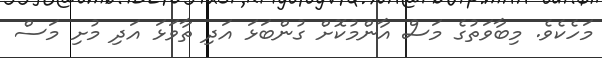
މަހެކެވެ. މިބާވަތުގެ މަސް އާންމުކޮށް ގުންބަޅަ އަދި ތާވަޅަ އަދި މުށި މަސް